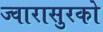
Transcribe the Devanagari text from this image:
ज्वारासुरको